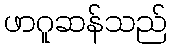
ဖာဂူဆန်သည်